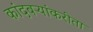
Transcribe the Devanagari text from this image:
कांदबऱ्यांकरीता